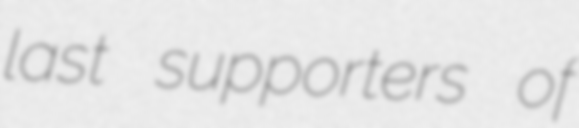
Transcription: last supporters of